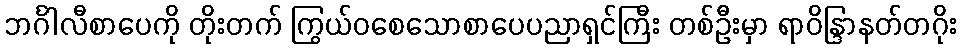
ဘင်္ဂါလီစာပေကို တိုးတက် ကြွယ်ဝစေသောစာပေပညာရှင်ကြီး တစ်ဦးမှာ ရာဝိန္ဒြာနတ်တဂိုး